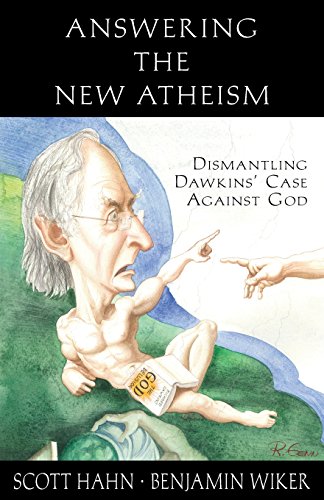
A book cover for Answering the New Atheism: Dismantling Dawkins' Case Against God; Scott Hahn; Religion & Spirituality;